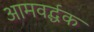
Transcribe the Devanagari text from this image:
आमवर्द्धक